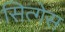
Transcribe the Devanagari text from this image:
सित्गेस